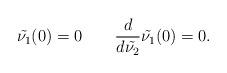
LaTeX: \begin{align*} \tilde{\nu_1}(0)=0\qquad\frac{d}{d\tilde{\nu_2}}\tilde{\nu_1}(0)=0. \end{align*}